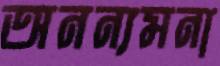
অনন্যমনা